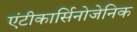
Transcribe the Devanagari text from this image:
एंटीकार्सिनोजेनिक